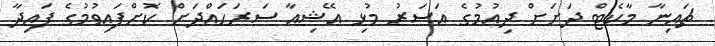
ޗައިނާ މާކެޓް ދަށަށް ދިއުމުގެ އަސަރު މުޅި އޭޝިއާ ސަރަހައްދަށް ކޮށްފައިވުމުގެ ފައިދާ